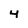
Character: 4